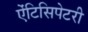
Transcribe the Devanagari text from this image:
ऐंटिसिपेटरी